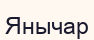
Янычар